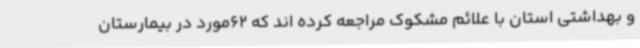
و بهداشتی استان با علائم مشکوک مراجعه کرده اند که 62مورد در بیمارستان